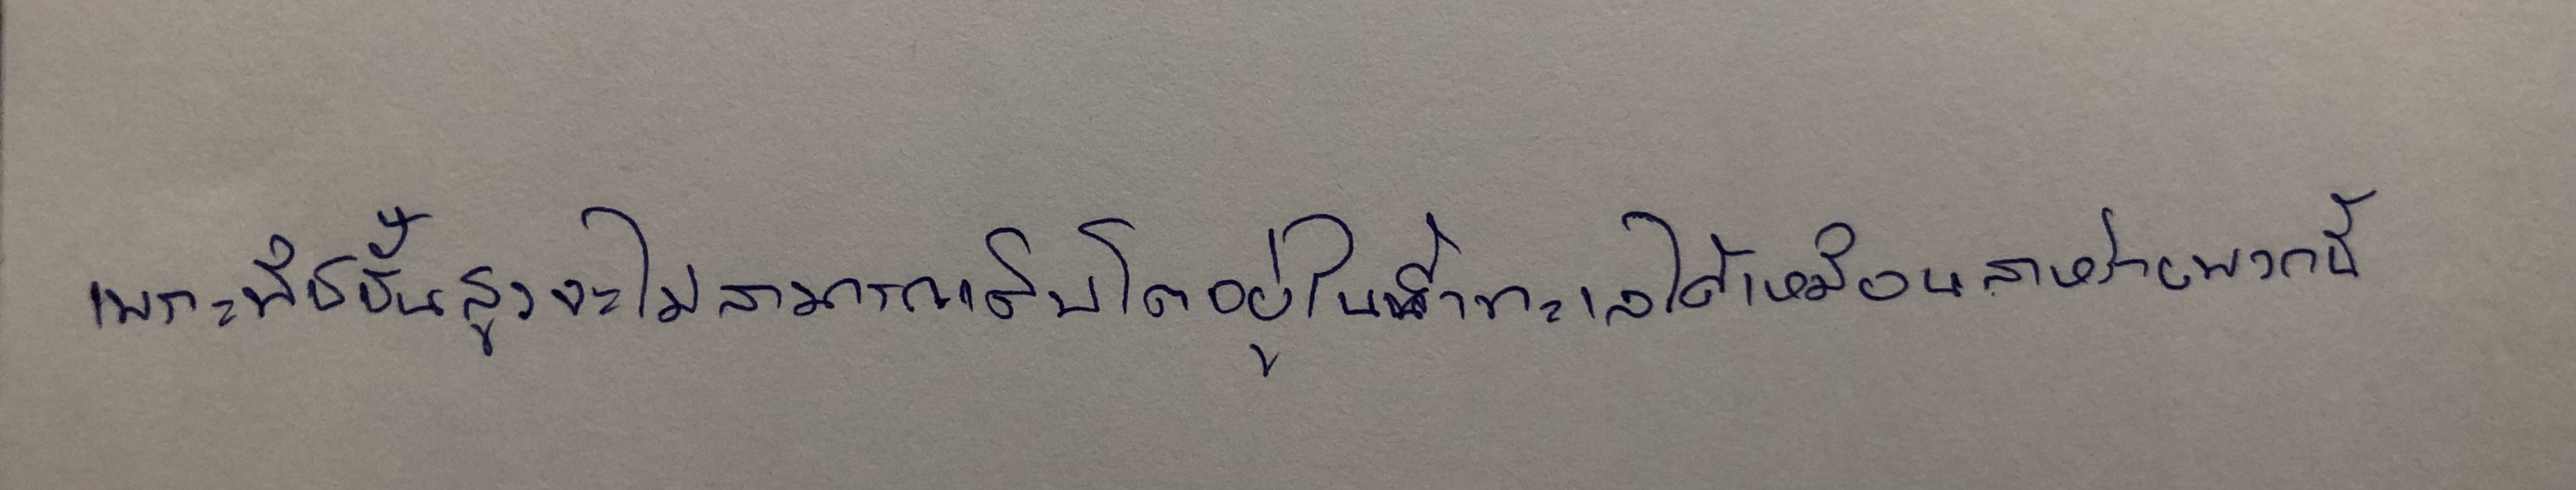
เพราะพืชชั้นสูงจะไม่สามารถเติบโตอยู่ในน้ำทะเลได้เหมือนสาหร่ายพวกนี้